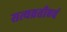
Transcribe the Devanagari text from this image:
सत्यव्रतीएवं